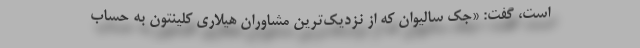
است، گفت: «جک سالیوان که از نزدیک‌ترین مشاوران هیلاری کلینتون به حساب